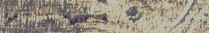
أجمل فساتين الزفاف والعبا